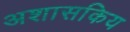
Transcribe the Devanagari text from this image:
अशासकिय